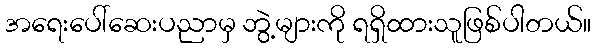
အရေးပေါ်ဆေးပညာမှ ဘွဲ့များကို ရရှိထားသူဖြစ်ပါတယ်။